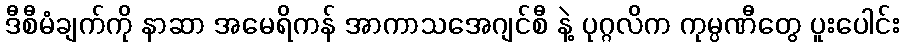
ဒီစီမံချက်ကို နာဆာ အမေရိကန် အာကာသအေဂျင်စီ နဲ့ ပုဂ္ဂလိက ကုမ္ပဏီတွေ ပူးပေါင်း